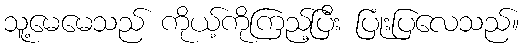
သူ့မေမေသည် ကိုယ့်ကိုကြည့်ပြီး ပြုံးပြလေသည်။